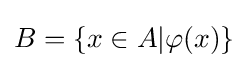
B=\{x\in A|\varphi (x)\}